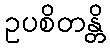
ဥပစိတန္တိ